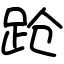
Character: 跄